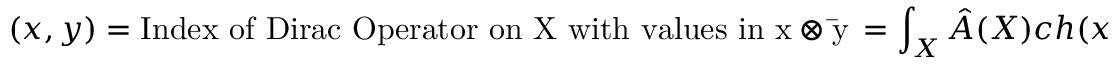
( x , y ) = \mathrm { I n d e x \ o f \ D i r a c \ O p e r a t o r \ o n \ X \ w i t h \ v a l u e s \ i n \ x \otimes \bar { y } } \, = \int _ { X } \hat { A } ( X ) c h ( x ) c h ( \bar { y } ) .